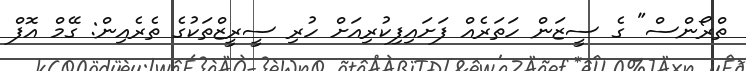
ތްރޯންސް" ގެ ސީޒަން ހަތަރެއް ފަށައިފިކުރިއަށް ހުރި ސީރީޒްތަކުގެ ތެރެއިން: ގޭމް އޮފް